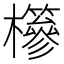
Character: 𣟹